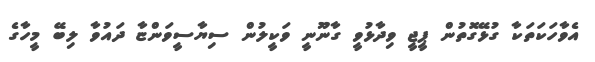
އެވާހަކަތަކާ ގުޅޭގޮތުން ޕީޖީ ވިދާޅުވީ ގާނޫނީ ވަކީލުން ސިޔާސީވަންޏާ ދައުވާ ލިބޭ މީހާގެ